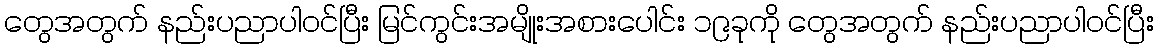
တွေအတွက် နည်းပညာပါဝင်ပြီး မြင်ကွင်းအမျိုးအစားပေါင်း ၁၉ခုကို တွေအတွက် နည်းပညာပါဝင်ပြီး